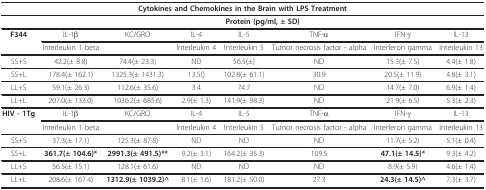
| <COLSPAN=8> Cytokines and Chemokines in the Brain with LPS Treatment |
 | --- | --- | --- | --- | --- | --- | --- | --- |
 |  | <COLSPAN=7> Protein (pg/ml, ± SD) |
 | F344 | IL-1β | KC/GRO | IL-4 | IL-5 | TNF-α | IFN-γ | IL-13 |
 |  | Interleukin 1 beta |  | Interleukin 4 | Interleukin 5 | Tumor necrosis factor - alpha | Interferon gamma | Interleukin 13 |
 | SS+S | 42.2(± 8.8) | 74.4(± 23.3) | ND | 56.5(±) | ND | 15.3(± 7.5) | 4.4(± 1.8) |
 | SS+L | 178.4(± 162.1) | 1325.3(± 1431.3) | 13.5() | 102.8(± 61.1) | 30.9 | 20.5(± 11.9) | 4.8(± 3.1) |
 | LL+S | 59.1(± 26.3) | 112.6(± 35.6) | 3.4 | 74.7 | ND | 14.7(± 7.0) | 6.9(± 1.4) |
 | LL+L | 207.0(± 133.0) | 1036.2(± 685.6) | 2.9(± 1.3) | 141.9(± 98.3) | ND | 21.9(± 6.5) | 5.3(± 2.3) |
 | HIV - 1Tg | IL-1β | KC/GRO | IL-4 | IL-5 | TNF-α | IFN-γ | IL-13 |
 |  | Interleukin 1 beta |  | Interleukin 4 | Interleukin 5 | Tumor necrosis factor - alpha | Interferon gamma | Interleukin 13 |
 | SS+S | 37.3(± 17.1) | 125.3(± 87.8) | ND | ND | ND | 11.7(± 5.2) | 5.1(± 0.4) |
 | SS+L | 361.7(± 104.6)* | 2991.3(± 491.5)** | 9.2(± 3.1) | 164.2(± 35.3) | 109.5 | 47.1(± 14.5)* | 9.3(± 4.2) |
 | LL+S | 56.5(± 15.1) | 128.1(± 61.6) | ND | ND | ND | 8.9(± 5.9) | 4.6(± 1.4) |
 | LL+L | 208.6(± 167.4) | 1312.9(± 1039.2)^ | 8.1(± 1.6) | 181.2(± 50.0) | 27.3 | 24.3(± 14.5)^ | 7.3(± 3.7) |